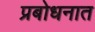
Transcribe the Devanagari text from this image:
प्रबोधनात